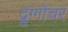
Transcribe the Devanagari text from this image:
द्रुग्गोचर